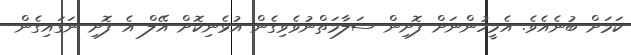
ކަމަށް ބުނެއެވެ. އެމީހުންނަށް ފޮށިން ސަލާމަތްނުވެވިގެން އުޅެނިކޮށް އޭލް އެ ފޮށި ނަގައިގެން